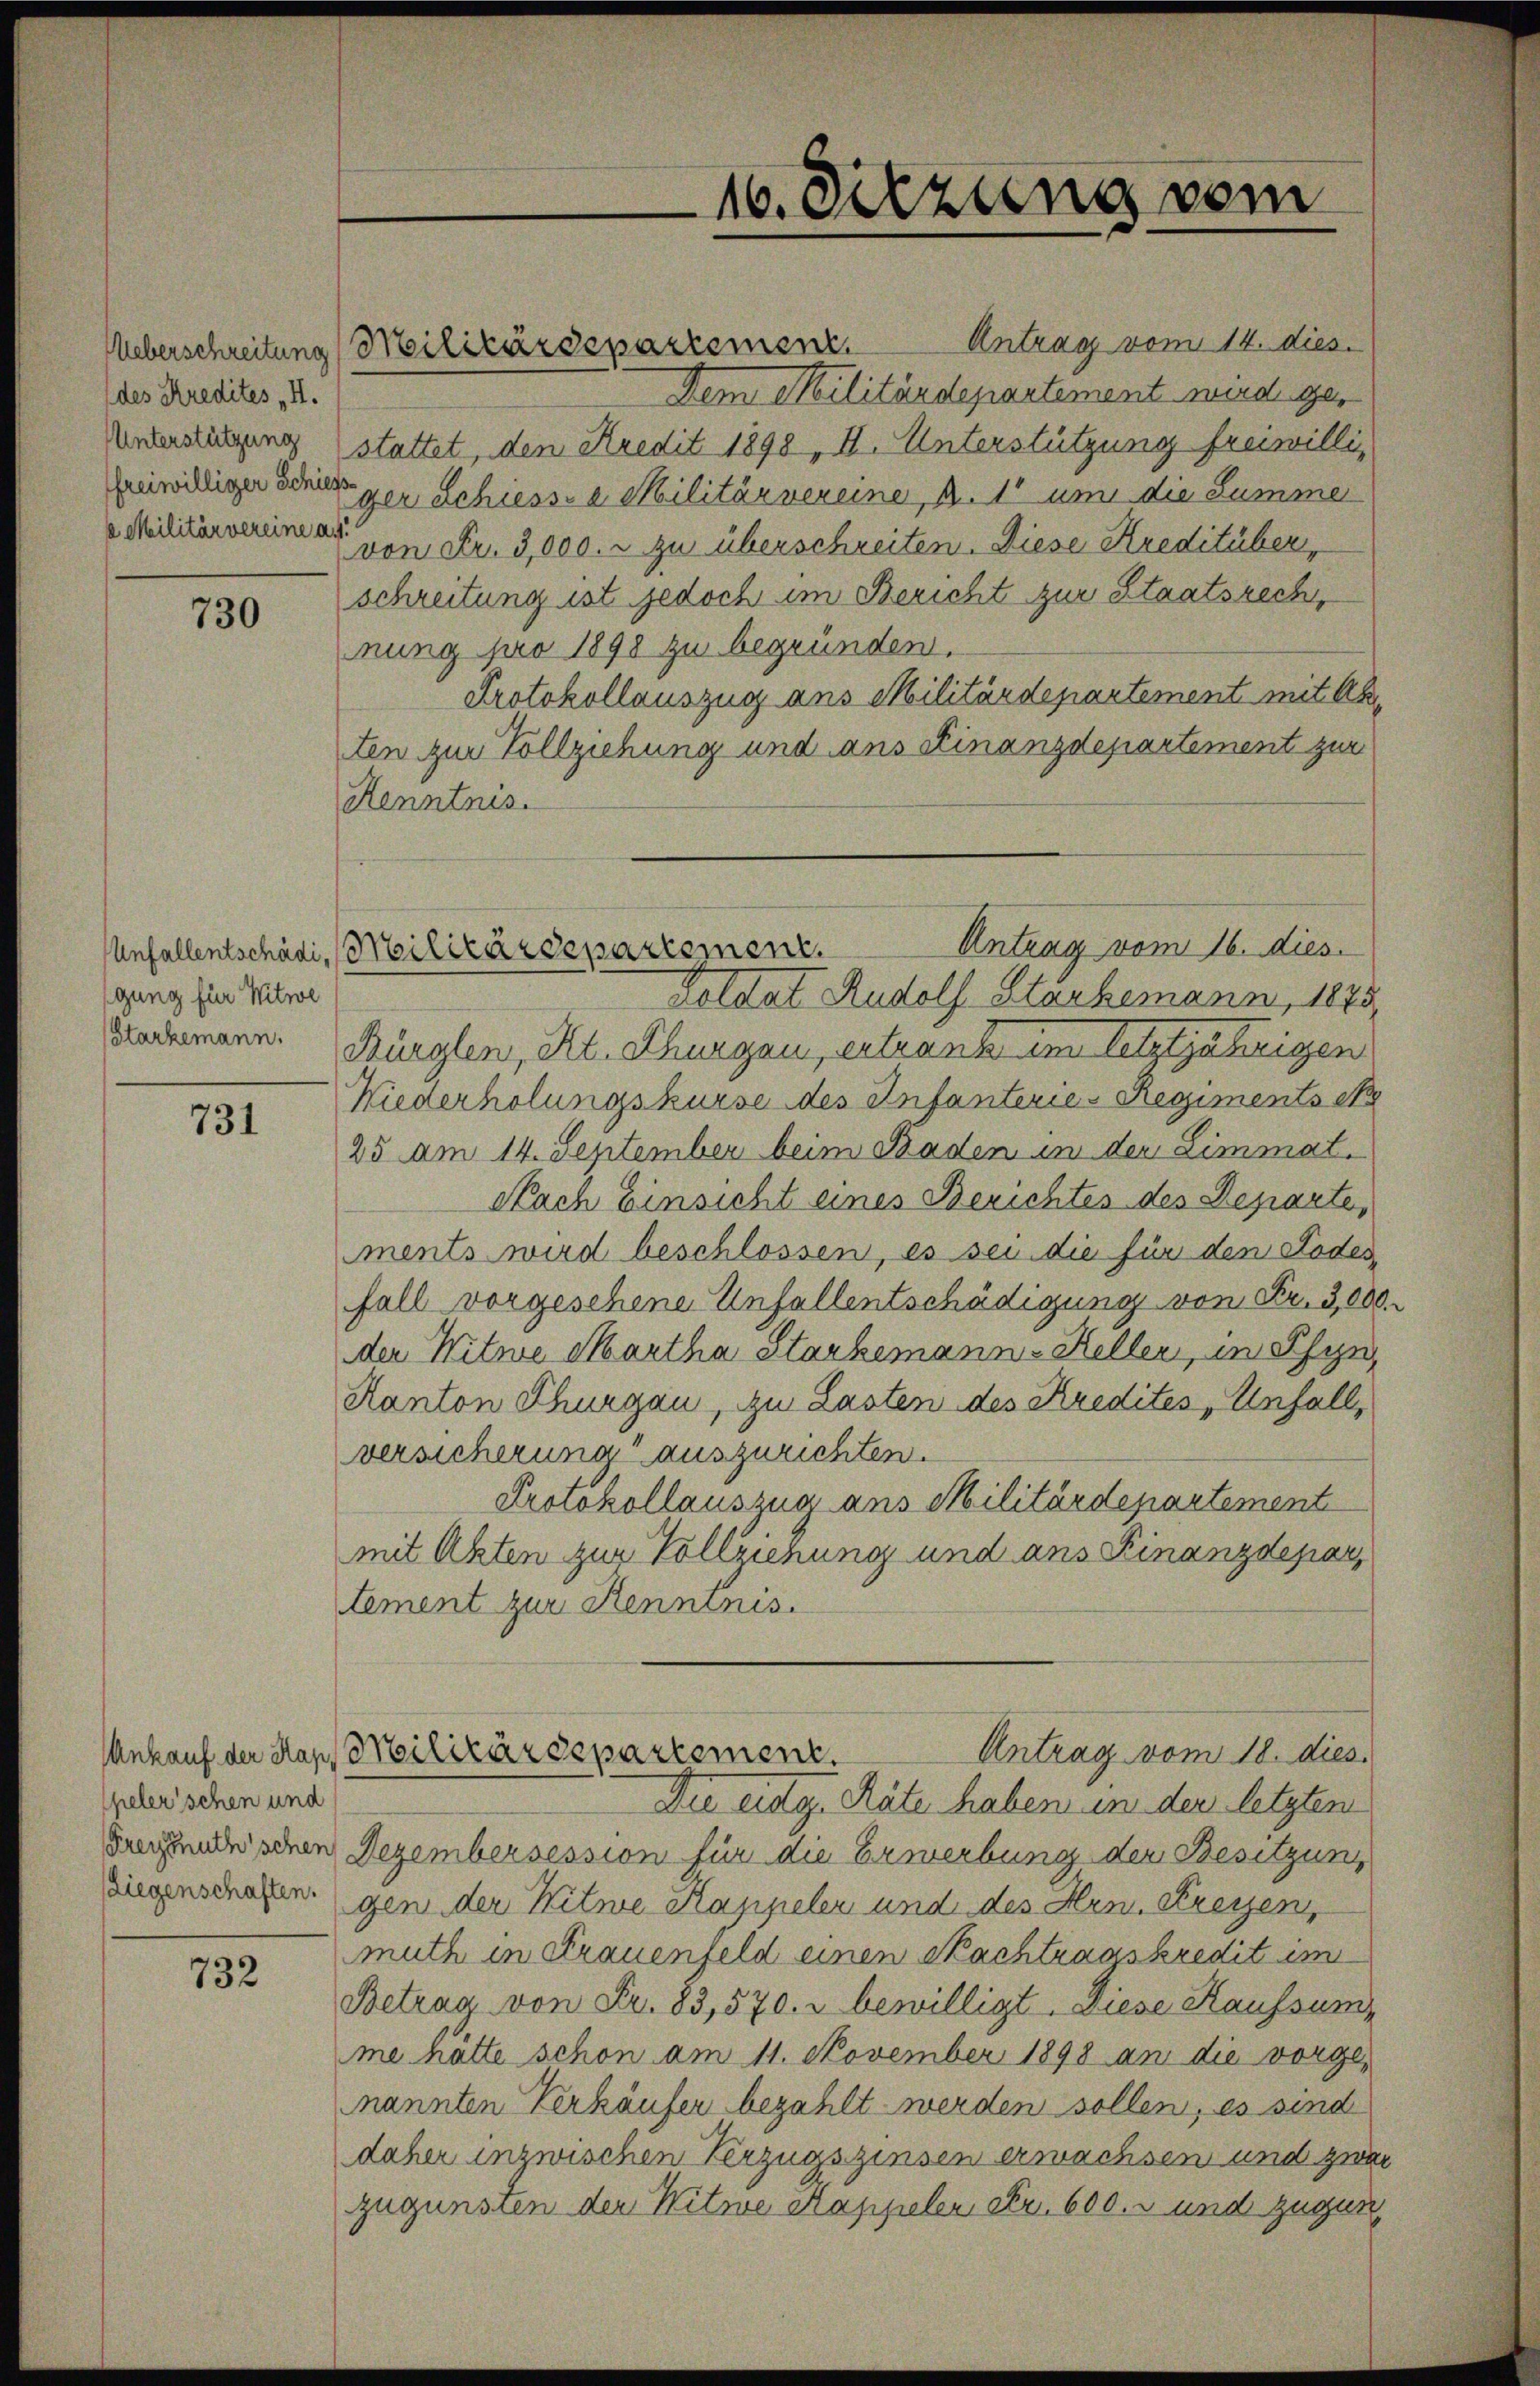
des Kredites II.
Unterstützung
s Militärvereine a M.

730

gung für Witwe

731

peler’schen und

732

Ueberschreitung (Militärdepartement. Antrag vom 14. dies
Dem Militärdepartement wird gestattet, den Kredit 1898, II. Unterstützung freiwillieiwilliger Benutzer Schiess a. Militärvereine, d. 11 um die Summe
von Fr. 3,000. u zu überschreiten. Diese Kreditüber,
schreitung ist jedoch im Bericht zur Staatsrech,
nung pro 1898 zu begründen.
Protokollauszug aus Militärdepartement mit Abten zur Vollziehung und ans Finanzdepartement zur
Kenntnis.
Goldat Rudolf Stackemann, 1875,
sachemann. Bürglen, Kt. Thurgau, entrank im letztjährigen
Niederholungskurse des Infanterie-Regiments et
25 am 14. September beim Baden in der Limmat.
Nach Einsicht eines Berichtes des Departe,
ments wird beschlossen, es sei die für den Todes
fall vorgesehene Unfallentschädigung von Fr. 3,000.
der Witwe Martha Starkemann-Keller, in Schyn
Kanton Thurgau, zu Lasten des Kredites, Unfall,
versicherung auszurichten.
Protokollauszug aus Militärdepartement
mit Akten zur Vollziehung und ans Finanzdepar
tement zur Kenntnis.
Ankauf der Kap. Militärdepartement. Antrag vom 18. dies
Die eidg. Räte haben in den letzten
Seegenschen Dezembersession für die Erwerbung der Besitzung
Liegenschafen. gen der Witwe Kappeler und des Hrn. Freyen,
muth in Frauenfeld einen Nachtragskredit im
Betrag von Fr. 83,570. u bewilligt. Diese Kaufsum
me hatte schon am 11. November 1898 an die vorgenannten Verkäufer bezahlt werden sollen, es sind
daher inzwischen Verzugszinsen erwachsen und zwai
zugunsten den Witwe Kappelen Fr. 600. und zugun

Untrag vom 16. dies
Unfallentschädi, Militärdepartement.

10. Sitzung vom